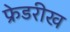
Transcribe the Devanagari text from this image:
फ्रेडरीख